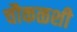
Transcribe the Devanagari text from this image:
चौकळशी